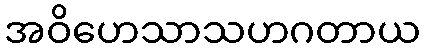
အဝိဟေသာသဟဂတာယ